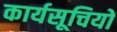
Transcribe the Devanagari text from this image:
कार्यसूचियों